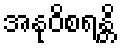
အနုဝိစရန္တိ